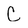
Character: C